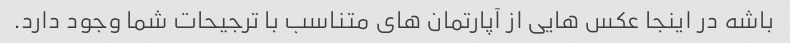
باشه در اینجا عکس هایی از آپارتمان های متناسب با ترجیحات شما وجود دارد.